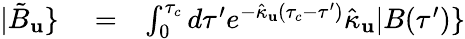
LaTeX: \begin{array}{rlr}{|\tilde{B}_{\mathbf u}\} }&{{}=}&{\int_{0}^{\tau_{c}}d\tau^{\prime}e^{-\hat{\kappa}_{\mathbf u}(\tau_{c}-\tau^{\prime})}\hat{\kappa}_{\mathbf u}|B(\tau^{\prime})\} }\end{array}